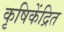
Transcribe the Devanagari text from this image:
कृषिकेंद्रित